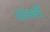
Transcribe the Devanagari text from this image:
सोलली